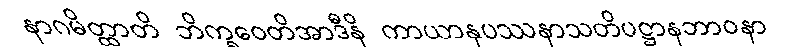
နာဂမိတ္ထာတိ ဘိက္ခဝေတိအာဒီနိ ကာယာနုပဿနာသတိပဋ္ဌာနဘာဝနာ